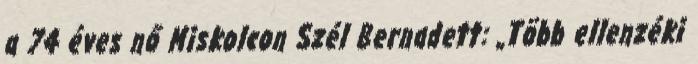
a 74 éves nő Miskolcon Szél Bernadett: „Több ellenzéki